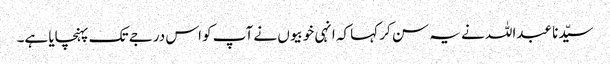
سیّدنا عبداللہ نے یہ سن کر کہا کہ انہی خوبیوں نے آپ کو اس درجے تک پہنچایا ہے۔